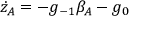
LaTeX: \dot { z } _ { A } = - g _ { - 1 } \beta _ { A } - g _ { 0 }